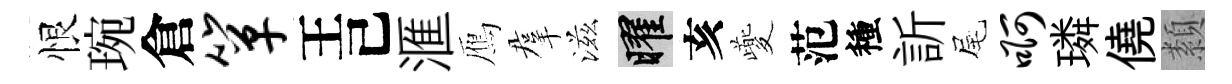
恨琬倉箪王己滙鴈羣滋曜亥夔范種訢尾啊璘僥纇